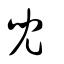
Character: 兒